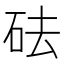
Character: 砝